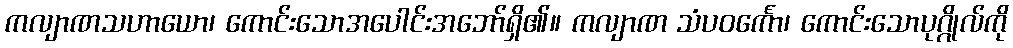
ကလျာဏသဟာယော၊ ကောင်းသောအပေါင်းအဘော်ရှိ၏။ ကလျာဏ သံပဝင်္ကော၊ ကောင်းသောပုဂ္ဂိုလ်ကို